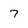
Character: 7